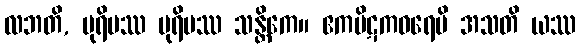
လဘတိ, ပုရိမဿ ပုရိမဿ သန္တိကေ။ ဧကပိဋကဓရေပိ အသတိ ယဿ